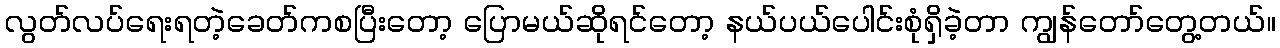
လွတ်လပ်ရေးရတဲ့ခေတ်ကစပြီးတော့ ပြောမယ်ဆိုရင်တော့ နယ်ပယ်ပေါင်းစုံရှိခဲ့တာ ကျွန်တော်တွေ့တယ်။